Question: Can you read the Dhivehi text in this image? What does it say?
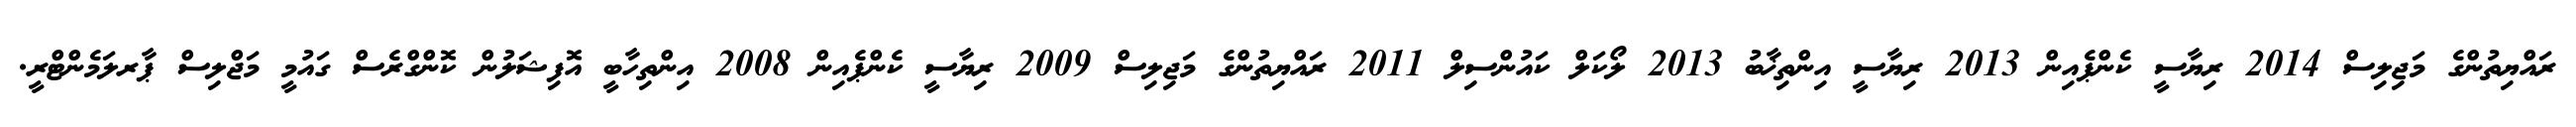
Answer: ރައްޔިތުންގެ މަޖިލިސް 2014 ރިޔާސީ ކެންޕެއިން 2013 ރިޔާސީ އިންތިޚާބު 2013 ލޯކަލް ކައުންސިލް 2011 ރައްޔިތުންގެ މަޖިލިސް 2009 ރިޔާސީ ކެންޕެއިން 2008 އިންތިހާބީ އޮފިޝަލުން ކޮންގްރެސް ގައުމީ މަޖްލިސް ޕާރލަމެންޓްރީ.